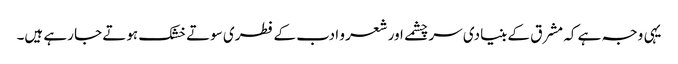
یہی وجہ ہے کہ مشرق کے بنیادی سر چشمے اور شعر و ادب کے فطری سوتے خشک ہوتے جا رہے ہیں۔